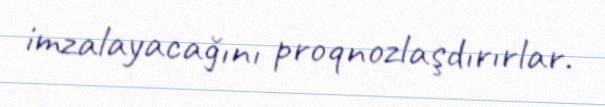
imzalayacağını proqnozlaşdırırlar.